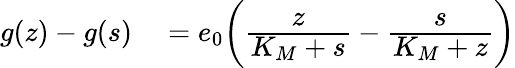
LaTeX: \begin{array}{rl}{g(z)-g(s)}&{{}=e_{0}\bigg(\cfrac{z}{K_{M}+s}-\cfrac{s}{K_{M}+z}\bigg)}\end{array}